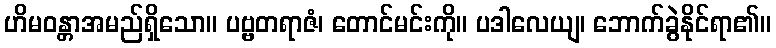
ဟိမဝန္တာအမည်ရှိသော။ ပဗ္ဗတရာဇံ၊ တောင်မင်းကို။ ပဒါလေယျ၊ ဘောက်ခွဲနိုင်ရာ၏။